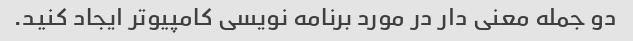
دو جمله معنی دار در مورد برنامه نویسی کامپیوتر ایجاد کنید.